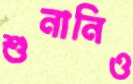
শুনানিও